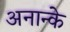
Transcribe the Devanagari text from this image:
अनान्के